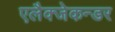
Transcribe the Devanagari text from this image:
एलैक्जेकन्डर